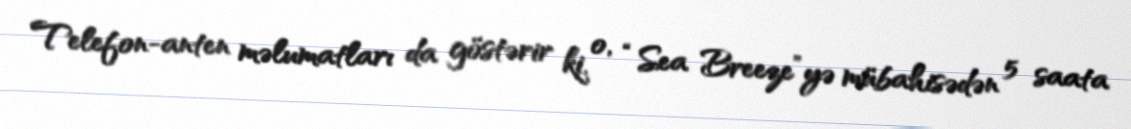
Telefon-anten məlumatları da göstərir ki, o, “Sea Breeze”yə mübahisədən 5 saata